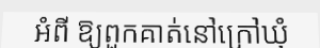
អំពី ឱ្យពួកគាត់នៅក្រៅឃុំ